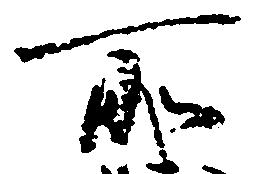
所